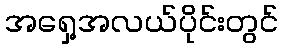
အရှေ့အလယ်ပိုင်းတွင်